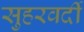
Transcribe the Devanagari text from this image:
सुहरवर्दी